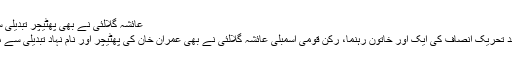
عائشہ گلالئی نے بھی پھٹیچر تبدیلی سے منہ پھیر لیا
ناز بلوچ کے بعد تحریک انصاف کی ایک اور خاتون رہنما، رکن قومی اسمبلی عائشہ گلالئی نے بھی عمران خان کی پھٹیچر اور نام نہاد تبدیلی سے منہ پھیر لیا ہے۔